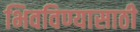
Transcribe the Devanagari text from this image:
भिवविण्यासाठी